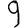
Digit: 9